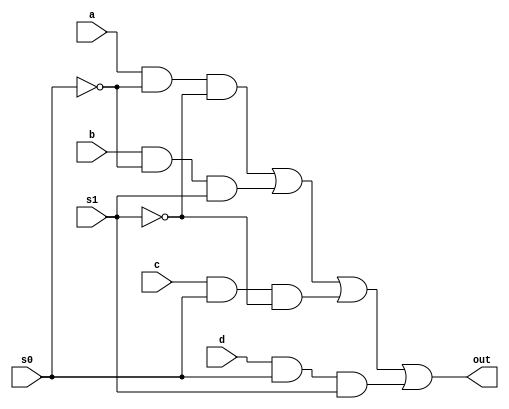
// 4:1 multiplexer mux
module m41 (
	a,b,c,d,s0,s1,out
);
	input a,b,c,d,s0,s1;
	output out;
	assign out = a&(~s0)&(~s1)|b&(~s0)&(s1)|c&(s0)&(~s1)|d&s0&s1;
endmodule

// Testbench
module tb;
	reg a,b,c,d,s0,s1;
	wire out;
	m41 my_circuit(a,b,c,d,s0,s1,out);
	initial begin
		$display("a b c d s0 s1 out");
		$monitor("%b %b %b %b %b %b %b",a,b,c,d,s0,s1,out);
		a=0; b=0; c=0; d=0; s0=0; s1=0;
		#5
		a=1; b=0; c=0; d=0; s0=0; s1=0;
		#5
		a=0; b=1; c=0; d=0; s0=0; s1=1;
		#5
		a=0; b=0; c=1; d=0; s0=1; s1=0;
		#5
		a=0; b=0; c=0; d=1; s0=1; s1=1;
	end
endmodule